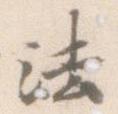
法